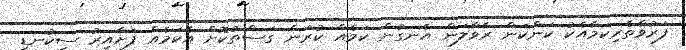
ފަރުވާތެރިކަމާއެކު ކަންކަން ރާވާލަން އެނގުން ކަމެއް ކުރަން ގަސްތުކޮށް އެކަމެއް ފަށާއިރު ސިކުނޑި